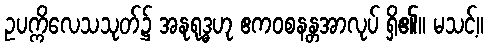
ဥပက္ကိလေသသုတ်၌ အနုရုဒ္ဓဟု ဧကဝစနန္တအာလုပ် ရှိ၏။ မသင့်။